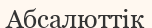
Абсалюттік